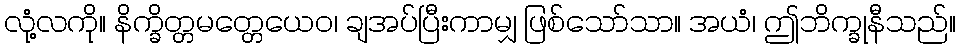
လုံ့လကို။ နိက္ခိတ္တမတ္တေယေဝ၊ ချအပ်ပြီးကာမျှ ဖြစ်သော်သာ။ အယံ၊ ဤဘိက္ခုနီသည်။